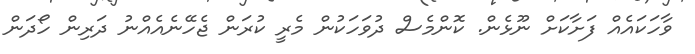
ވާހަކައެއް ފަށާކަށް ނޫޅެން. ކޮންމެސް ދުވަހަކުން މެރީ ކުރަން ޖެހޭނެއެއްނު ދަރިން ހޯދަން